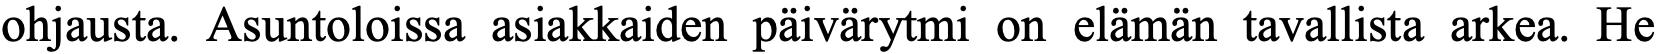
ohjausta. Asuntoloissa asiakkaiden päivärytmi on elämän tavallista arkea. He